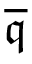
\overline { { \mathfrak { q } } }